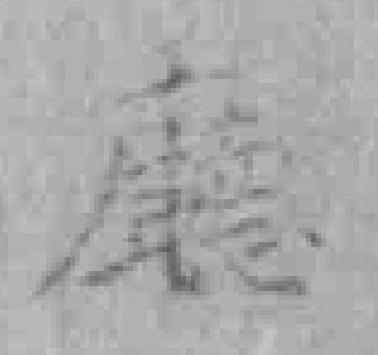
廳